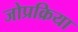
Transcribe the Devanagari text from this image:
जोप्रक्रिया